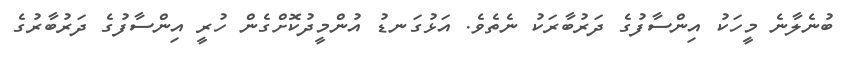
ބުނެލާނެ މީހަކު އިންސާފުގެ ދަރުބާރަކު ނެތެވެ. އަޅުގަނޑު އުންމީދުކޮށްގެން ހުރީ އިންސާފުގެ ދަރުބާރުގެ